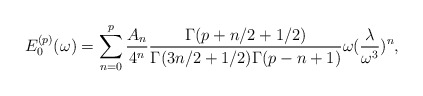
\begin{align*}E_{0}^{(p)}(\omega)=\sum_{n=0}^{p}{A_{n}\over4^n}{\Gamma(p+n/2+1/2)\over\Gamma(3n/2+1/2)\Gamma(p-n+1)}\omega({\lambda\over\omega^3})^n,\end{align*}